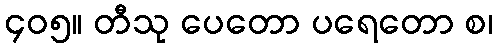
၄၀၅။ တီသု ပေတော ပရေတော စ၊